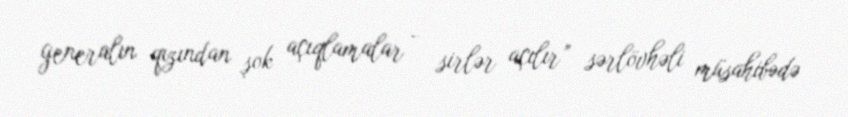
generalın qızından şok açıqlamalar - sirlər açılır” sərlövhəli müsahibədə